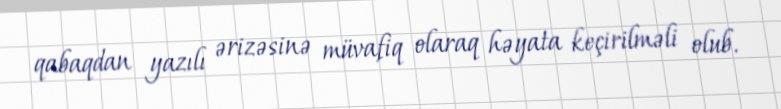
qabaqdan yazılı ərizəsinə müvafiq olaraq həyata keçirilməli olub.